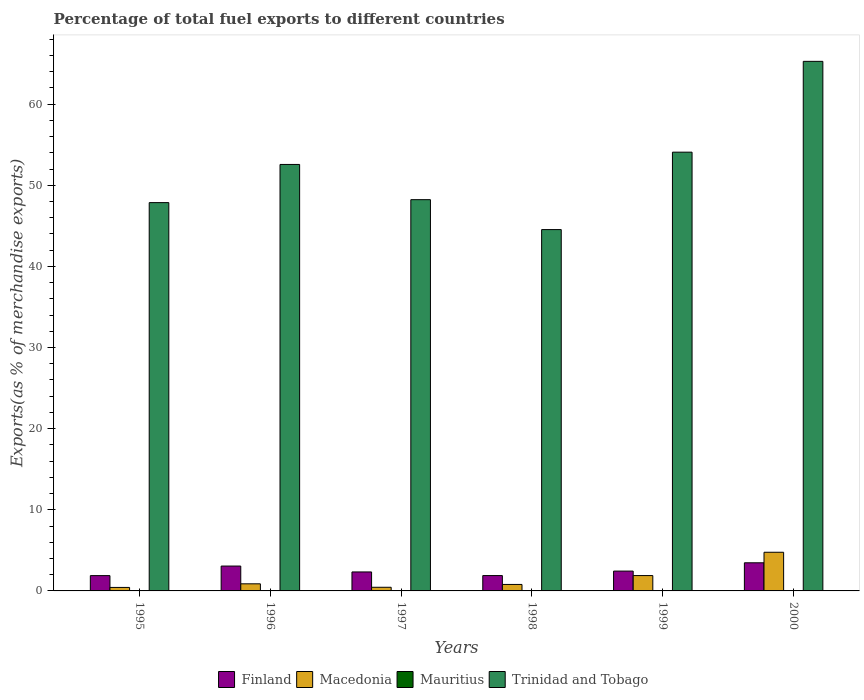
| Years | Finland | Macedonia | Mauritius | Trinidad and Tobago |
 | --- | --- | --- | --- | --- |
 | 1995 | 1.89 | 0.43 | 0.00744 | 47.9 |
 | 1996 | 3.06 | 0.875 | 7.54e-05 | 52.6 |
 | 1997 | 2.34 | 0.45 | 0.0337 | 48.2 |
 | 1998 | 1.89 | 0.798 | 0.0504 | 44.5 |
 | 1999 | 2.45 | 1.89 | 0.00127 | 54.1 |
 | 2000 | 3.47 | 4.77 | 0.00823 | 65.3 |